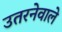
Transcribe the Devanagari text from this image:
उतरनेवाले